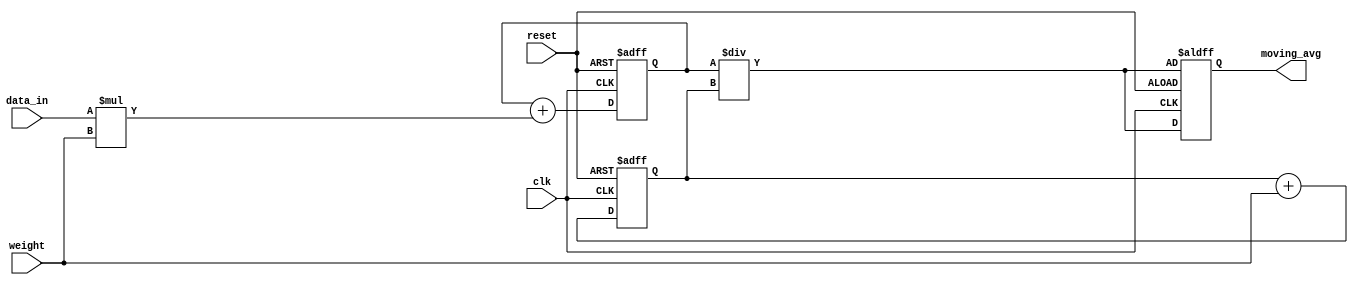
module weighted_moving_average_accumulator (
    input wire clk,
    input wire reset,
    input wire [7:0] data_in,
    input wire [7:0] weight,
    output reg [15:0] moving_avg
);

reg [15:0] sum;
reg [7:0] total_weight;

always @(posedge clk or posedge reset) begin
    if (reset) begin
        sum <= 16'b0;
        total_weight <= 8'b0;
        moving_avg <= sum / total_weight;
    end else begin
        sum <= sum + (data_in * weight);
        total_weight <= total_weight + weight;
        moving_avg <= sum / total_weight;
    end
end

endmodule